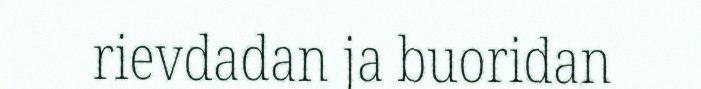
rievdadan ja buoridan